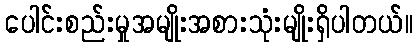
ပေါင်းစည်းမှုအမျိုးအစားသုံးမျိုးရှိပါတယ်။